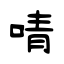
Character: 啨